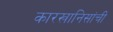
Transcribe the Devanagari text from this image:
कारखानिसांची